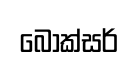
බොක්සර්